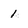
Character: 1